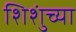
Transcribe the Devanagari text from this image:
शिशुंच्या